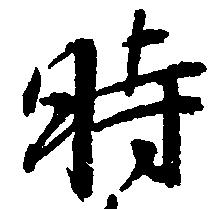
時